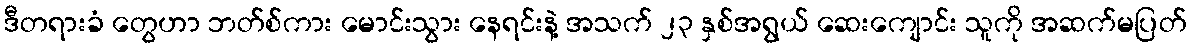
ဒီတရားခံ တွေဟာ ဘတ်စ်ကား မောင်းသွား နေရင်းနဲ့ အသက် ၂၃ နှစ်အရွယ် ဆေးကျောင်း သူကို အဆက်မပြတ်